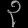
Digit: ၃